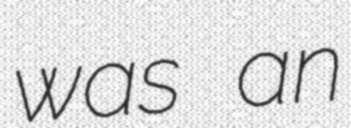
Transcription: was an